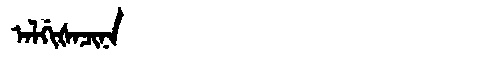
Manchu: ᠠᠯᡤᡳᡧᠠᠴᡳᠨᠠ
Romanization: ALGIŠACINA